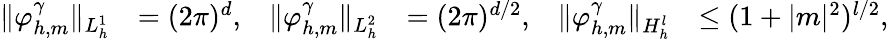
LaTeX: \begin{array}{rlrlrl}{\| \varphi_{h,m}^{\gamma}\| _{L_{h}^{1}}}&{=(2\pi)^{d},}&{\| \varphi_{h,m}^{\gamma}\| _{L_{h}^{2}}}&{=(2\pi)^{d/2},}&{\| \varphi_{h,m}^{\gamma}\| _{H_{h}^{l}}}&{\leq(1+|m|^{2})^{l/2},}\end{array}